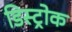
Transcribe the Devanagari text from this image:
डिस्ट्रोक